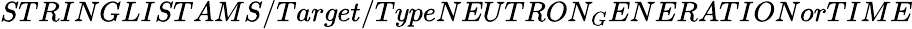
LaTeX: STRINGLISTAMS/Target/TypeNEUTRON_{G}ENERATIONorTIME